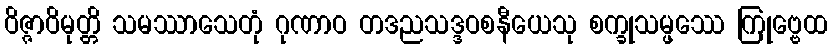
ဝိဇ္ဇာဝိမုတ္တိ သမဿာသေတုံ ဂုဏာဝ တဒညသဒ္ဒဝစနီယေသု စက္ခုသမ္ဖဿေ ကြုဗ္ဗေထ